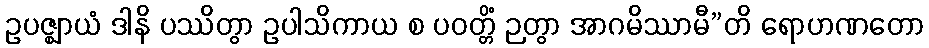
ဥပဇ္ဈာယံ ဒါနိ ပဿိတွာ ဥပါသိကာယ စ ပဝတ္တိံ ဉတွာ အာဂမိဿာမီ”တိ ရောဟဏတော